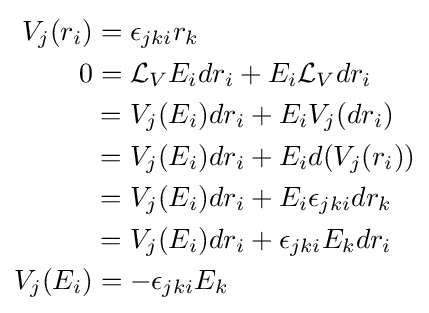
{\begin{aligned}V_{j}(r_{i})&=\epsilon _{jki}r_{k}\\0&={\mathcal {L}}_{V}E_{i}dr_{i}+E_{i}{\mathcal {L}}_{V}dr_{i}\\&=V_{j}(E_{i})dr_{i}+E_{i}V_{j}(dr_{i})\\&=V_{j}(E_{i})dr_{i}+E_{i}d(V_{j}(r_{i}))\\&=V_{j}(E_{i})dr_{i}+E_{i}\epsilon _{jki}dr_{k}\\&=V_{j}(E_{i})dr_{i}+\epsilon _{jki}E_{k}dr_{i}\\V_{j}(E_{i})&=-\epsilon _{jki}E_{k}\\\end{aligned}}